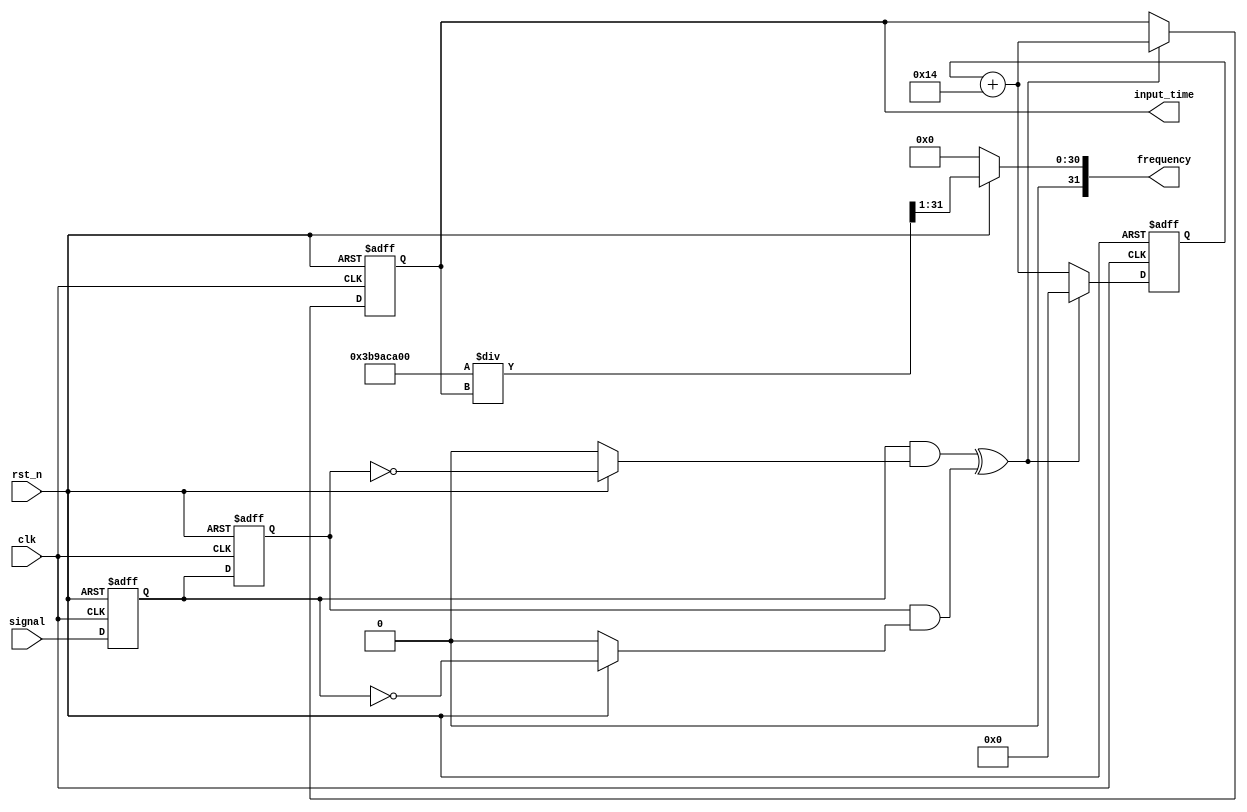
module SIGNAL_DET
(
	input clk,
	input rst_n,
	input signal,	//

	output reg [31:0] input_time,	//ns
	output reg [31:0] frequency	//Hz
);

	reg ex_sig_r1;
	reg ex_sig_r2;
	reg ex_sig_r1_n;
	reg ex_sig_r2_n;
	wire signal_rise_det;
	wire signal_fall_det;
	wire signal_edge_det;
	reg [31:0] time_s;

	//r1r1r2
	always @(posedge clk or negedge rst_n) begin
		if(~rst_n) begin
			ex_sig_r1 <= 1'd0;
			ex_sig_r2 <= 1'd0;
		end else begin
			ex_sig_r1 <= signal;
			ex_sig_r2 <= ex_sig_r1;
		end
	end

	/*r1r2*/
	always@(*) begin
		if(~rst_n) begin
			ex_sig_r1_n = 1'd0;
			ex_sig_r2_n = 1'd0;
		end else begin
			ex_sig_r1_n = ~ex_sig_r1;
			ex_sig_r2_n = ~ex_sig_r2;
		end
	end

	/*
	signal_rise_det = ex_sig_r1 && !ex_sig_r2
	signal_fall_det = ex_sig_r2 && !ex_sig_r1
	*/
	assign signal_rise_det = ex_sig_r1 && ex_sig_r2_n;
	assign signal_fall_det = ex_sig_r2 && ex_sig_r1_n;

	//
	assign signal_edge_det = signal_rise_det ^ signal_fall_det;

	/**/
	always @(posedge clk or negedge rst_n) begin
		if(~rst_n) begin
			time_s <= 32'd0;
			input_time <= 32'd0;
		end else if(signal_edge_det == 1'd1)begin
			input_time <= time_s + 32'd20;
			time_s <= 32'd0;
		end else begin
			time_s <= time_s + 20;
			input_time <= input_time;
		end
	end

	/**/
	always@(*) begin
		if(!rst_n) begin
			frequency = 32'd0;
		end else begin
			frequency = (1_000_000_000 / input_time) >> 1;
		end
	end

endmodule